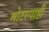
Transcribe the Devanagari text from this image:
मोटरगाडी